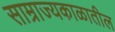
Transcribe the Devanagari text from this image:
साम्राज्यकाळातील